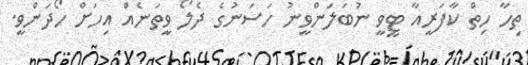
ތިހާ ހިތް ކާފަރީއާ ޓީވީ ނުބަލަންވީނު ހަސަނުގެ ދެލޯ ވީތަނެއް އިހަށް ހޯދަންވީ.